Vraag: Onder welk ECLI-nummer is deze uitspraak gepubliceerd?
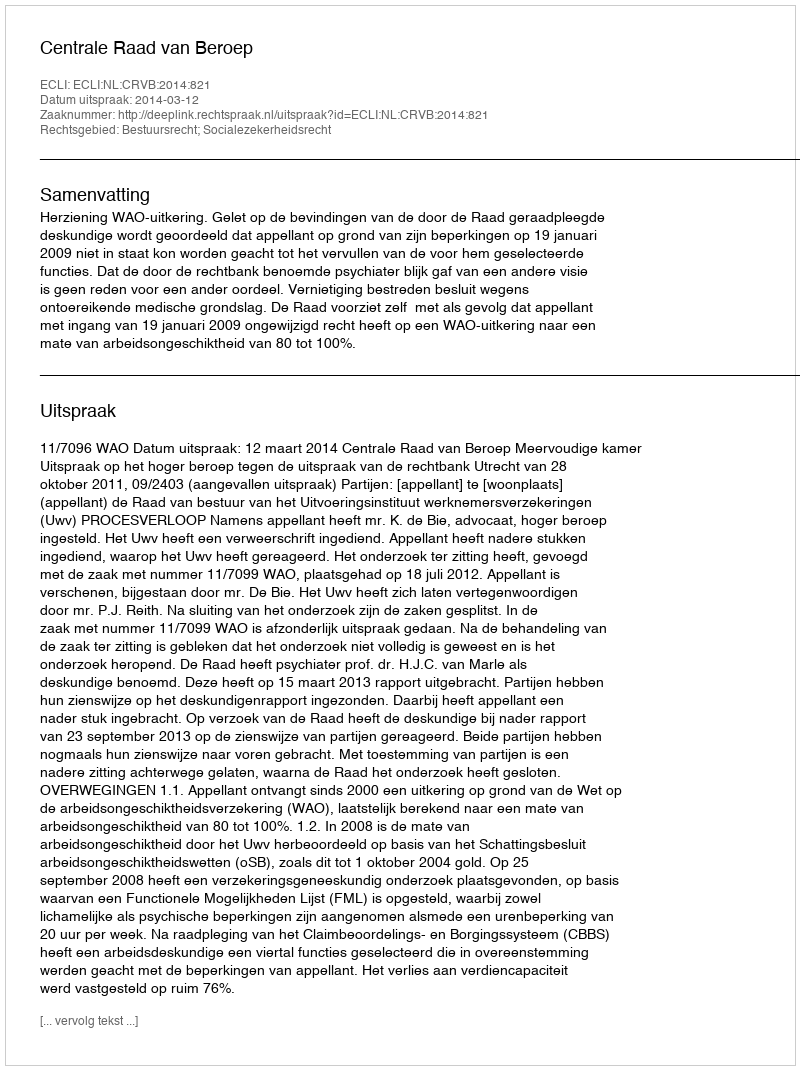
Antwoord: ECLI:NL:CRVB:2014:821